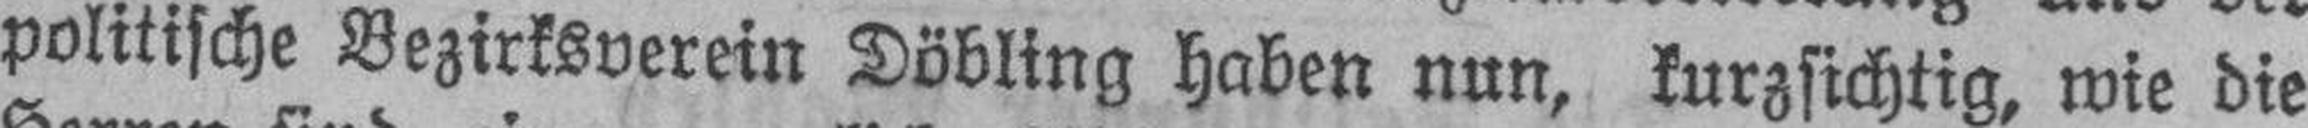
politische Bezirksverein Döbling haben nun, kurzsichtig, wie die